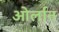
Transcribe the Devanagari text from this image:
ओर्लान